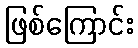
ဖြစ်ကြောင်း